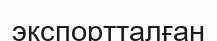
экспортталған